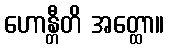
ဟောန္တီတိ အတ္ထော။